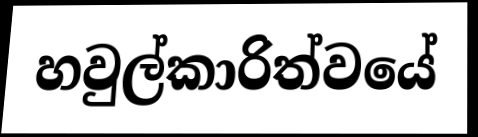
හවුල්කාරිත්වයේ